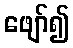
ဖျော်၍